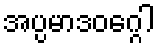
အပ္ပမာဒဝဂ္ဂေါ